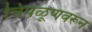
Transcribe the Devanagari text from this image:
चिपळूणवरून